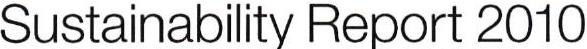
Sustainability Report 2010